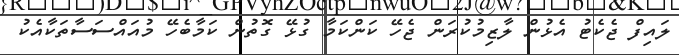
ލައިފް ޖެކެޓު އެޅުން ލާޒިމުކުރަން ޖެހޭ ކަންކަމާ ގުޅޭ ގޮތުން ކަމާބެހޭ މުއައްސަސާތަކާއެކު